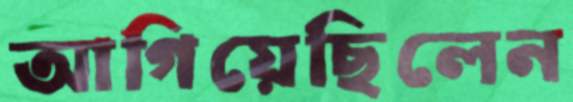
আগিয়েছিলেন